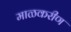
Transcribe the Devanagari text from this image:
माळकरीण